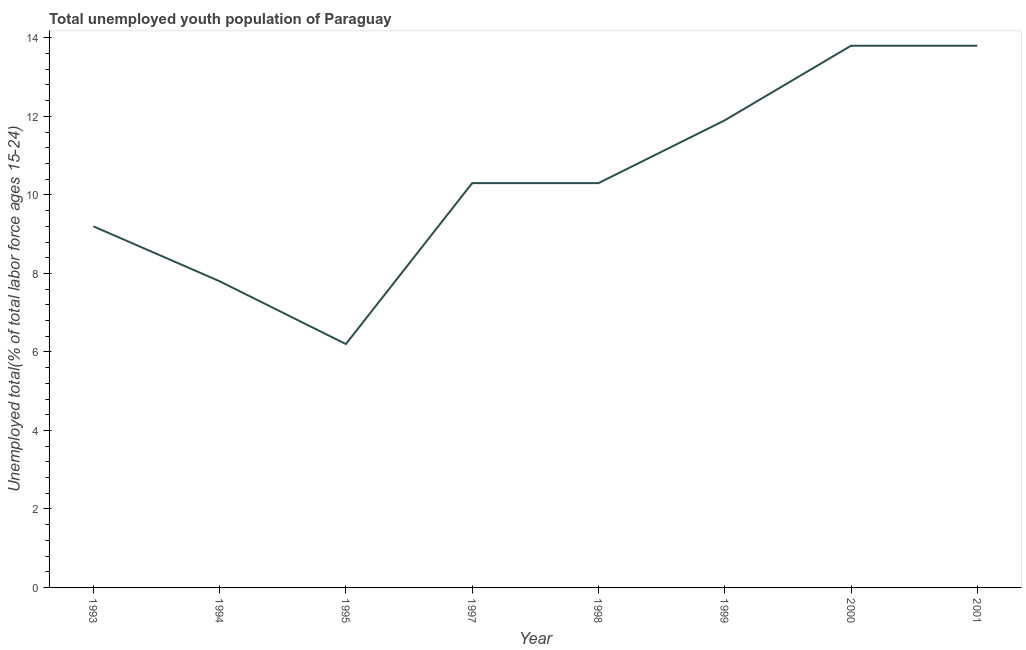
| Year | Unemployment youth total |
 | --- | --- |
 | 1993 | 9.2 |
 | 1994 | 7.8 |
 | 1995 | 6.2 |
 | 1997 | 10.3 |
 | 1998 | 10.3 |
 | 1999 | 11.9 |
 | 2000 | 13.8 |
 | 2001 | 13.8 |